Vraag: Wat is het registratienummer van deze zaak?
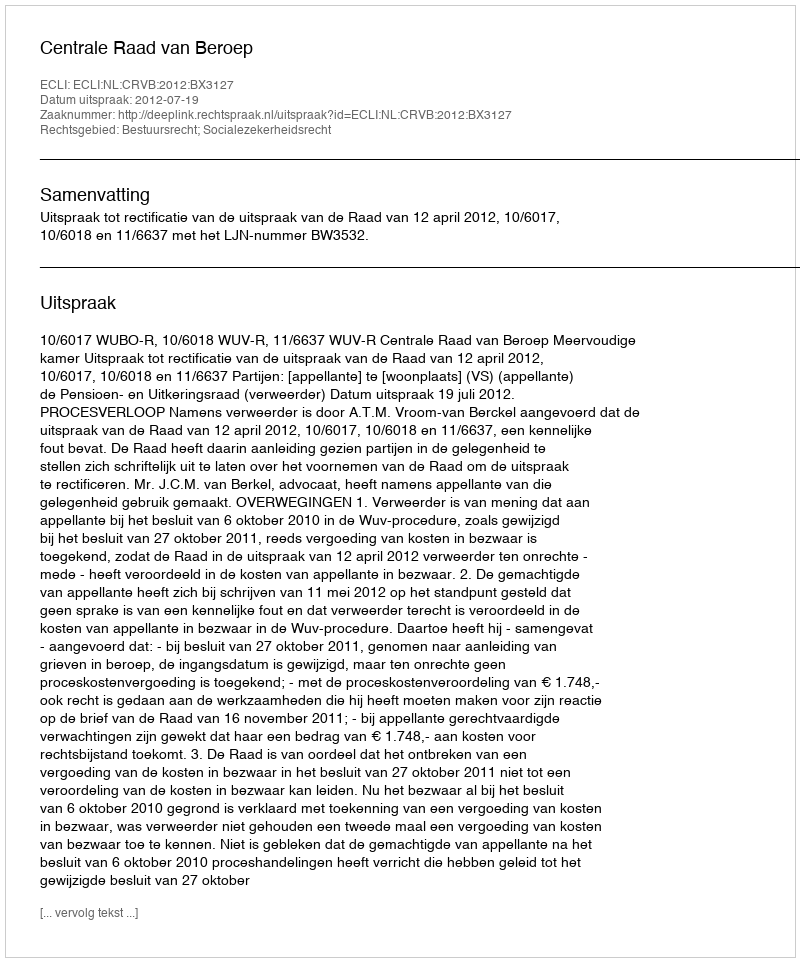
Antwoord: http://deeplink.rechtspraak.nl/uitspraak?id=ECLI:NL:CRVB:2012:BX3127